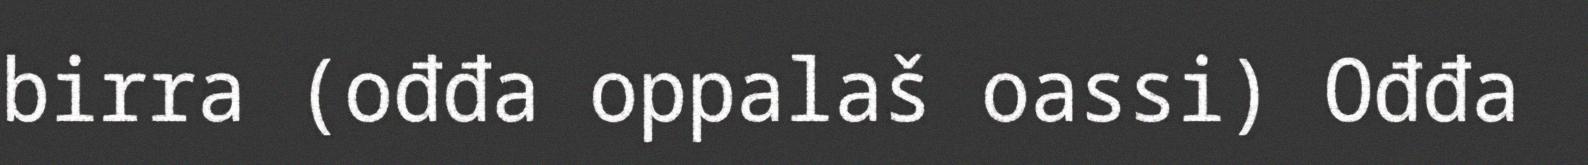
birra (ođđa oppalaš oassi) Ođđa